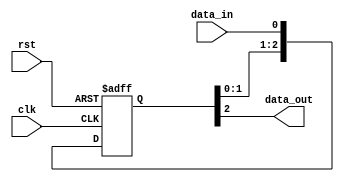
module three_flop_synchronizer (
    input wire clk, // clock signal
    input wire rst, // reset signal
    input wire data_in, // input signal to be synchronized
    output reg data_out // synchronized output signal
);

reg [2:0] q; // three flip-flops for synchronization

always @ (posedge clk or posedge rst) begin
    if (rst) begin
        q <= 3'b000; // reset to initial state
    end else begin
        q <= {q[1:0], data_in}; // shift input signal through flip-flops
    end
end

assign data_out = q[2]; // output is synchronized signal

endmodule